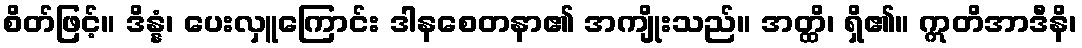
စိတ်ဖြင့်။ ဒိန္နံ၊ ပေးလှူကြောင်း ဒါနစေတနာ၏ အကျိုးသည်။ အတ္ထိ၊ ရှိ၏။ ဣတိအာဒီနိ၊